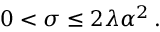
0 < \sigma \le 2 \lambda \alpha ^ { 2 } \, .